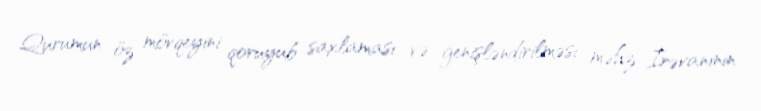
Qurumun öz mövqeyini qoruyub saxlaması və genişləndirilməsi məhz İrəvaninin